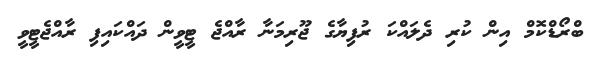
ބްރޯޑްކޮމް އިން ކުރި ދެލައްކަ ރުފިޔާގެ ޖޫރިމަނާ ރާއްޖެ ޓީވީން ދައްކައިފި ރާއްޖެޓީވީ